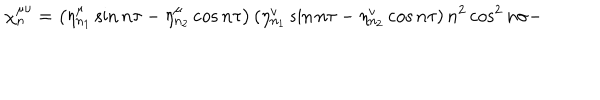
{ \ \chi _ { n } ^ { \mu \upsilon } = \left( \eta _ { n _ { 1 } } ^ { \mu } \sin n \tau - \eta _ { n _ { 2 } } ^ { \mu } \cos n \tau \right) \left( \eta _ { n _ { 1 } } ^ { v } \sin n \tau - \eta _ { n _ { 2 } } ^ { v } \cos n \tau \right) n ^ { 2 } \cos ^ { 2 } n \sigma - }